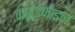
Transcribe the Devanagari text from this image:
कार्डफाइल